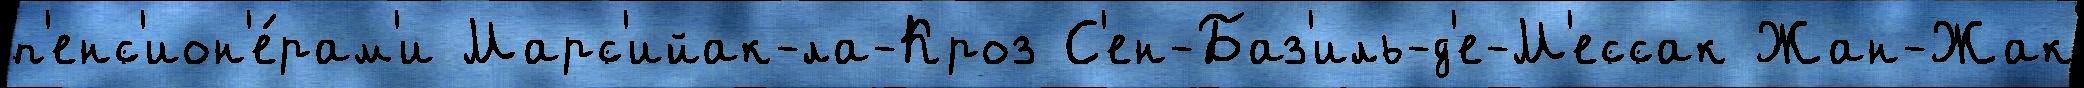
п'енс'ион'е́рам'и Марс'ийак-ла-Кроз С'ен-Баз'иль-д'е-М'ессак Жан-Жак